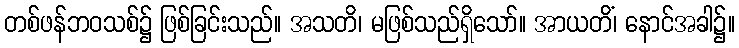
တစ်ဖန်ဘဝသစ်၌ ဖြစ်ခြင်းသည်။ အသတိ၊ မဖြစ်သည်ရှိသော်။ အာယတိံ၊ နောင်အခါ၌။